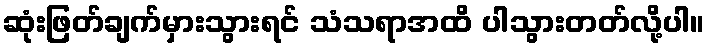
ဆုံးဖြတ်ချက်မှားသွားရင် သံသရာအထိ ပါသွားတတ်လို့ပါ။